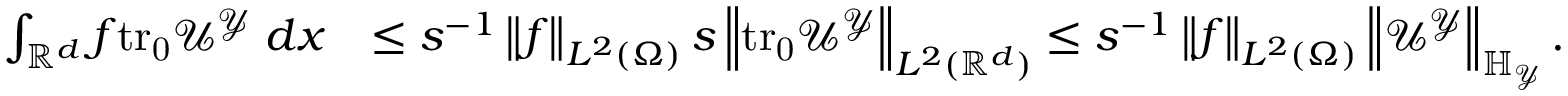
\begin{array} { r l } { \int _ { \mathbb { R } ^ { d } } f \mathrm { t r _ { 0 } } { \mathcal { U } ^ { \mathcal { Y } } } \; d x } & { \leq s ^ { - 1 } \left\| f \right\| _ { L ^ { 2 } ( \Omega ) } s \left\| \mathrm { t r _ { 0 } } { \mathcal { U } ^ { \mathcal { Y } } } \right\| _ { L ^ { 2 } ( \mathbb { R } ^ { d } ) } \leq s ^ { - 1 } \left\| f \right\| _ { L ^ { 2 } ( \Omega ) } \left\| \mathcal { U } ^ { \mathcal { Y } } \right\| _ { \mathbb { H } _ { \mathcal { Y } } } . } \end{array}